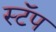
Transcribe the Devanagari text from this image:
स्टॅप